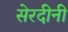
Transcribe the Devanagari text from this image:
सेरदीनी